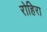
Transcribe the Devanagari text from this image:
रोहिरा